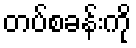
တပ်စခန်းကို